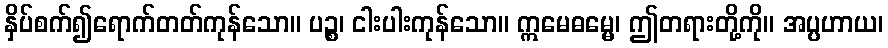
နှိပ်စက်၍ရောက်တတ်ကုန်သော။ ပဉ္စ၊ ငါးပါးကုန်သော။ ဣမေဓမ္မေ၊ ဤတရားတို့ကို။ အပ္ပဟာယ၊